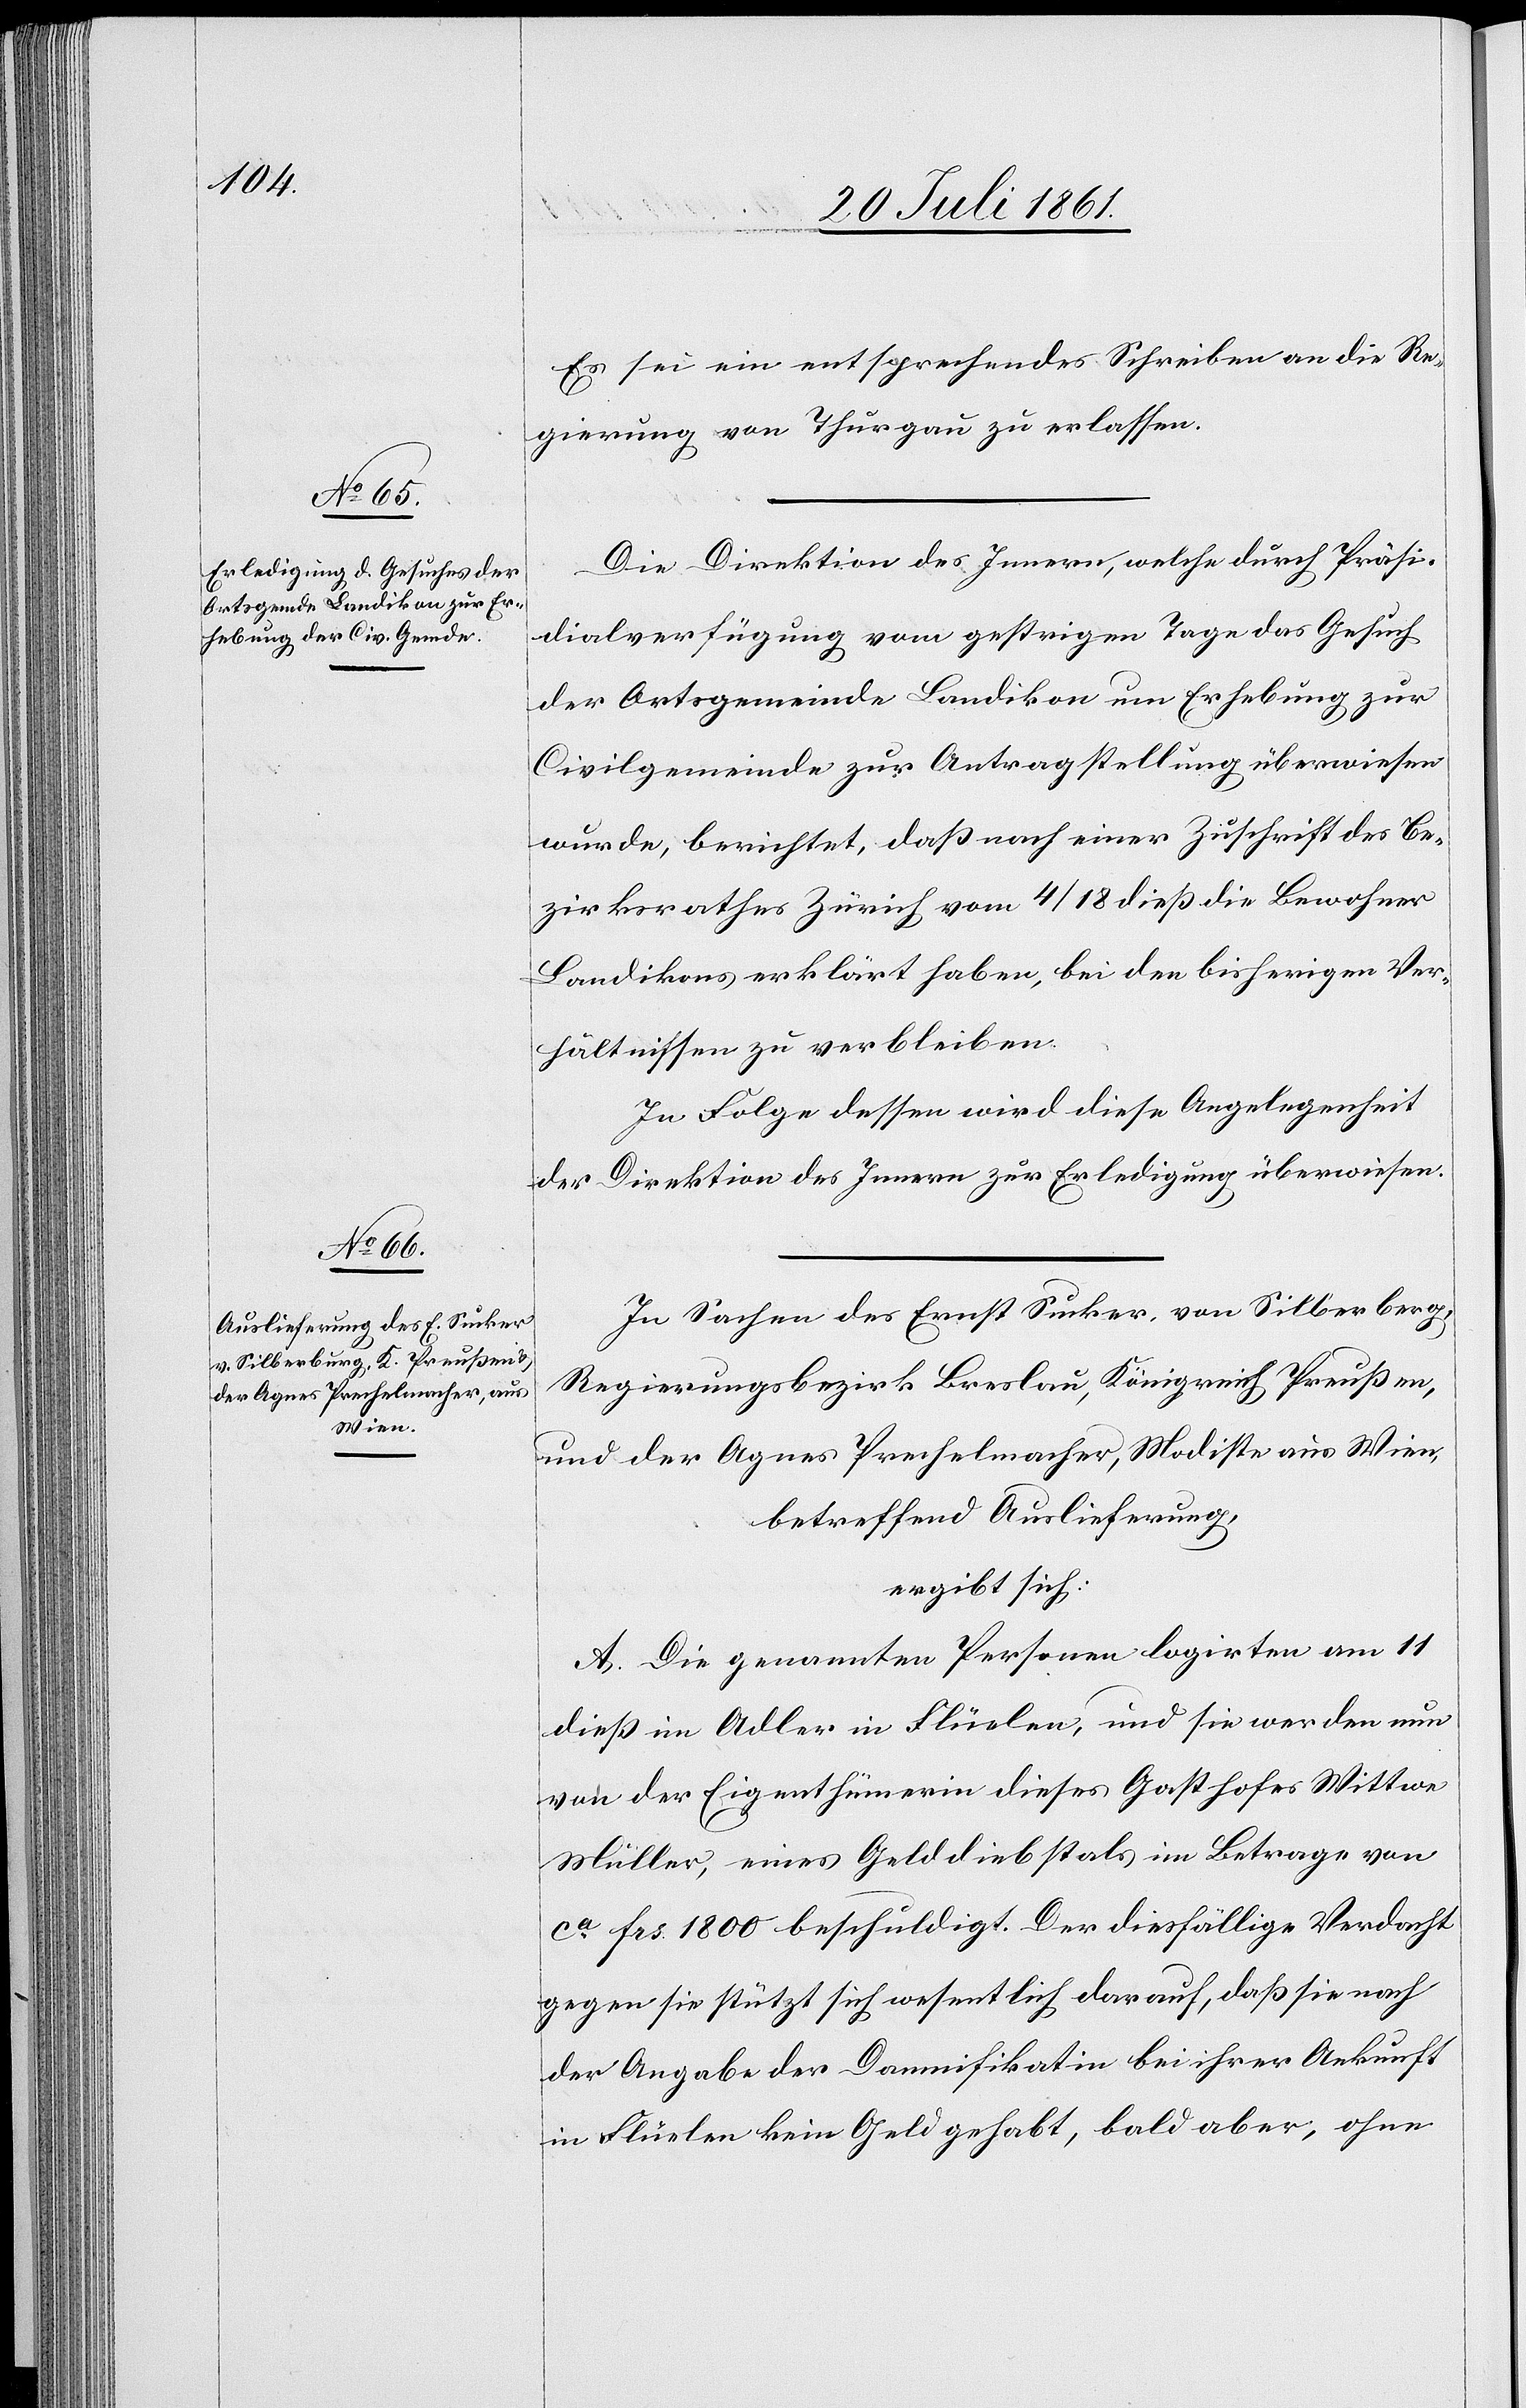
Es sei ein entsprechendes Schreiben an die Re¬
gierung von Thurgau zu erlassen.
Die Direktion des Innern, welche durch Präsi¬
dialverfügung vom gestrigen Tage das Gesuch
der Ortsgemeinde Landikon um Erhebung zur
Civilgemeinde zur Antragstellung überwiesen
wurde, berichtet, daß nach einer Zuschrift des Be¬
zirksrathes Zürich vom 4/18 dieß die Bewohner
Landikons erklärt haben, bei den bisherigen Ver¬
hältnissen zu verbleiben.
In Folge dessen wird diese Angelegenheit
der Direktion des Innern zur Erledigung überwiesen.
In Sachen des Ernst Sucker, von Silberberg,
Regierungsbezirk Breslau, Königreich Preußen,
und der Agnes Prechelmacher, Modiste aus Wien,
betreffend Auslieferung,
ergibt sich:
A. Die genannten Personen logirten am 11
dieß im Adler in Flüelen, und sie werden nun
von der Eigenthümerin dieses Gasthofes Wittwe
Müller, eines Gelddiebstals im Betrage von
ca Frs. 1800 beschuldigt. Der diesfällige Verdacht
gegen sie stützt sich wesentlich darauf, daß sie nach
der Angabe der Damnifikatin bei ihrer Ankunft
in Flüelen kein Geld gehabt, bald aber, ohne